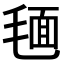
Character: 𣮻